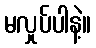
မလှုပ်ပါနဲ့။